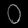
Digit: ၀